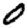
Digit: 0